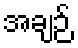
အချဉ်